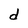
Character: d